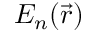
{ E } _ { n } ( \Vec { r } )